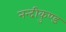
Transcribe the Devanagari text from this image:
नन्दीकुण्ड